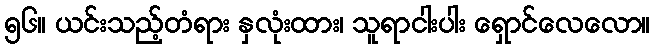
၅၆။ ယင်းသည့်တံရား နှလုံးထား၊ သူရာငါးပါး ရှောင်လေလော။